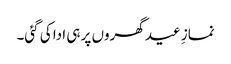
نمازِ عید گھروں پر ہی ادا کی گئی۔